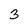
Character: 3